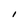
Character: I